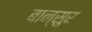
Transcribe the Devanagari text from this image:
बान्सुर